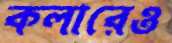
কলারেও